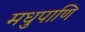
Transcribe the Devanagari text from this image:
मधुपाणि